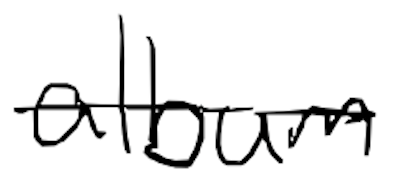
Text: album
Cross-out: mix
Writing tool: digital_black